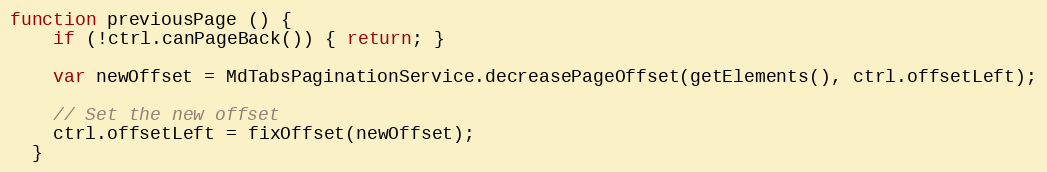
Language: JavaScript
function previousPage () {
    if (!ctrl.canPageBack()) { return; }

    var newOffset = MdTabsPaginationService.decreasePageOffset(getElements(), ctrl.offsetLeft);

    // Set the new offset
    ctrl.offsetLeft = fixOffset(newOffset);
  }